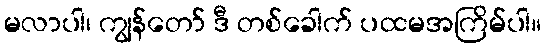
မလာပါ၊ ကျွန်တော် ဒီ တစ်ခေါက် ပထမအကြိမ်ပါ။